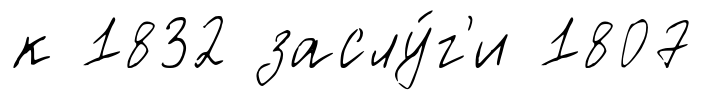
к 1832 заслу́г'и 1807